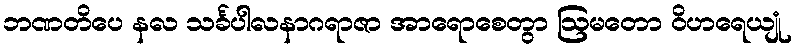
ဘဏတိပေ နလ သင်္ခပါလနာဂရာဇာ အာရောစေတွာ ဩမတော ဝိဟရေယျုံ